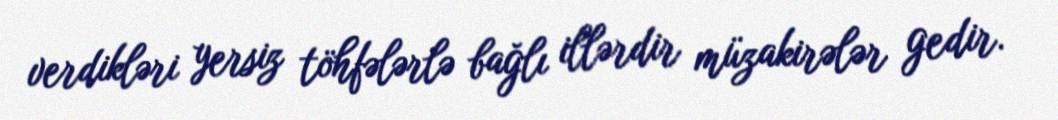
verdikləri yersiz töhfələrlə bağlı illərdir müzakirələr gedir.